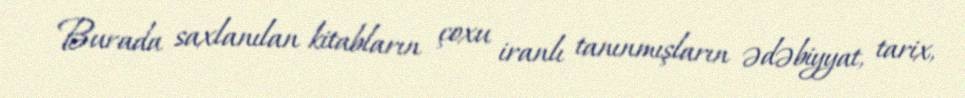
Burada saxlanılan kitabların çoxu iranlı tanınmışların ədəbiyyat, tarix,